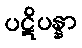
ပဋိပန္နာ